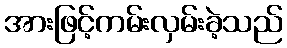
အားဖြင့်ကမ်းလှမ်းခဲ့သည်